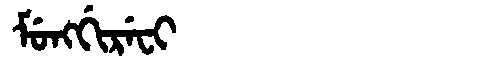
Manchu: ᠮᡠᠩᡤᡳᡵᡝᠸᡳ
Romanization: MUNGGIREFI